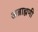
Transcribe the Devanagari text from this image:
अब्राह्मणी